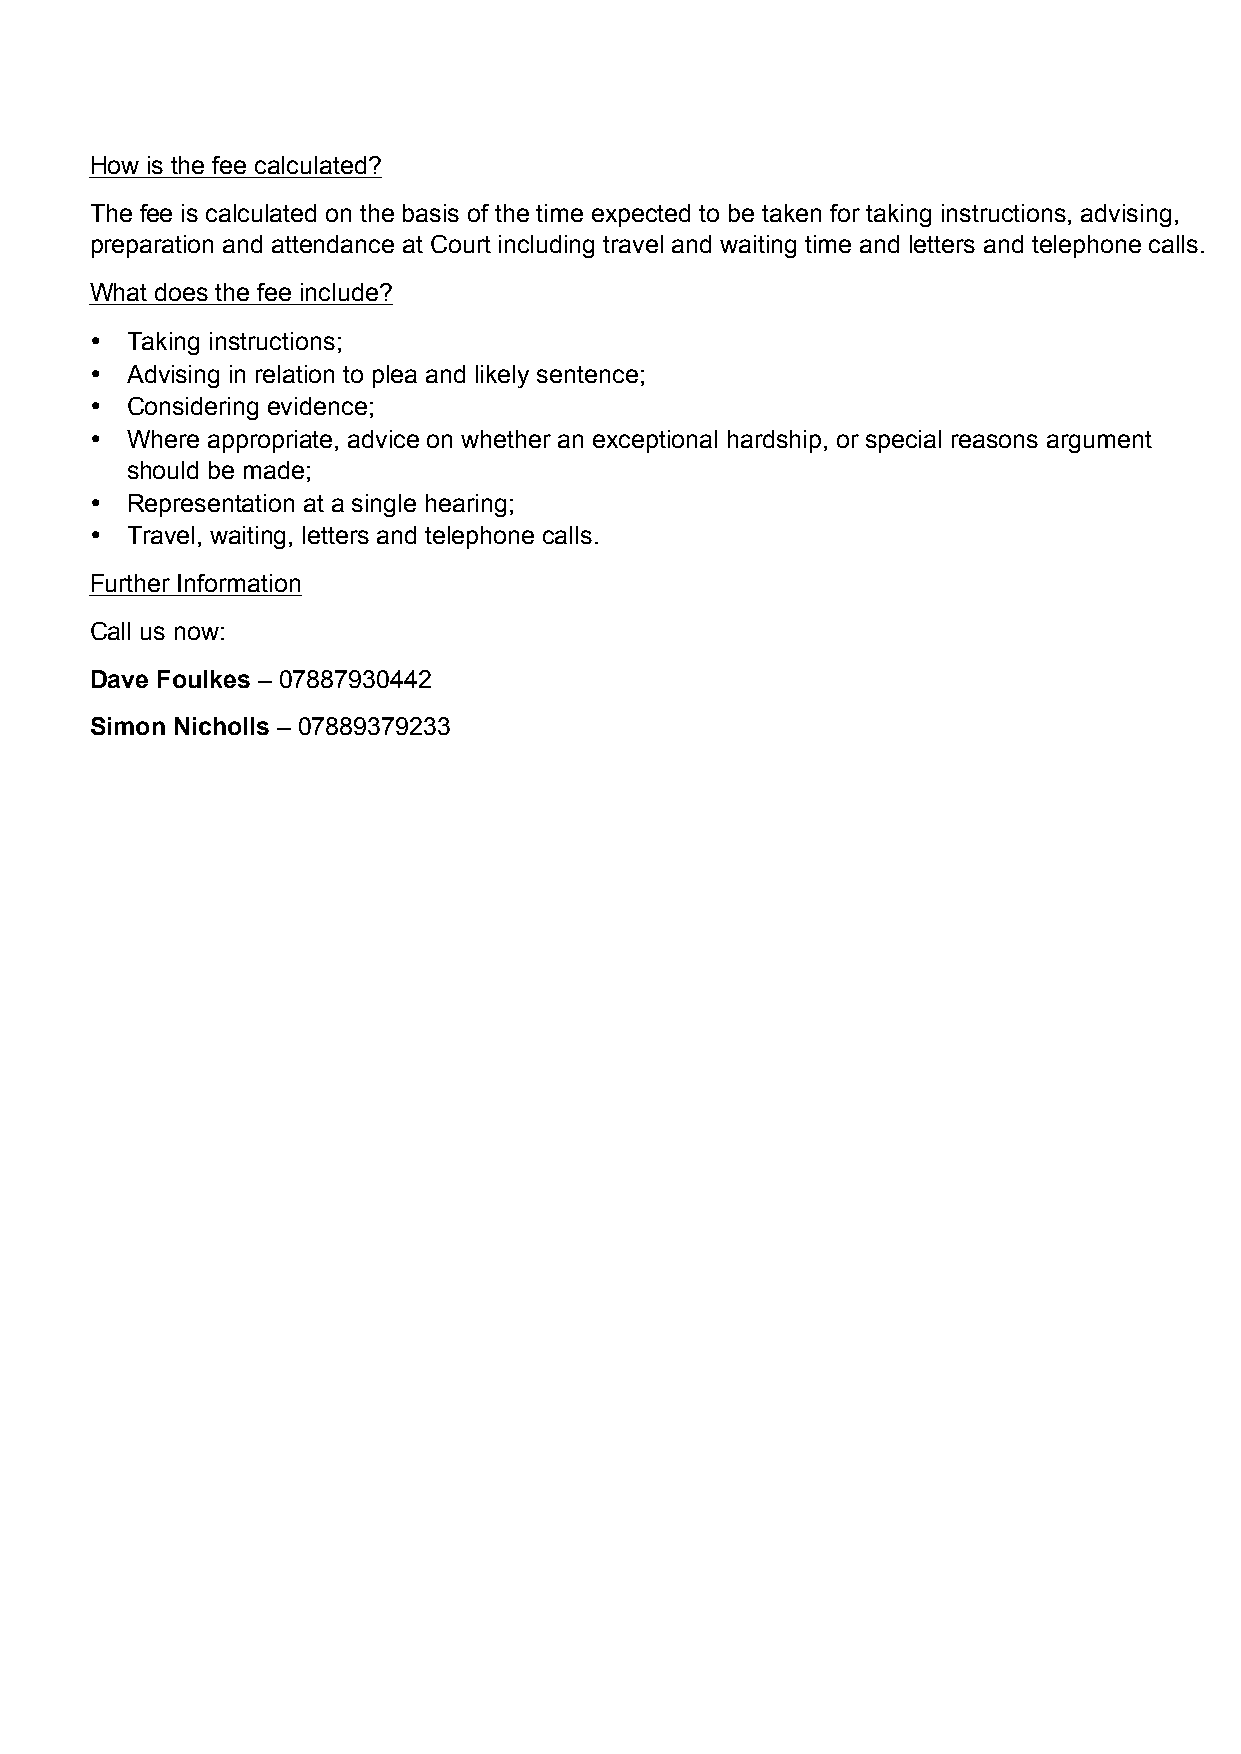
How is the fee calculated?
 The fee is calculated on the basis of the time expected to be taken for taking instructions, advising,
 preparation and attendance at Court including travel and waiting time and letters and telephone calls.
 What does the fee include?
 • Taking instructions;
 • Advising in relation to plea and likely sentence;
 • Considering evidence;
 • Where appropriate, advice on whether an exceptional hardship, or special reasons argument
 should be made;
 • Representation at a single hearing;
 • Travel, waiting, letters and telephone calls.
 Further Information
 Call us now:
 Dave Foulkes – 07887930442
 Simon Nicholls – 07889379233